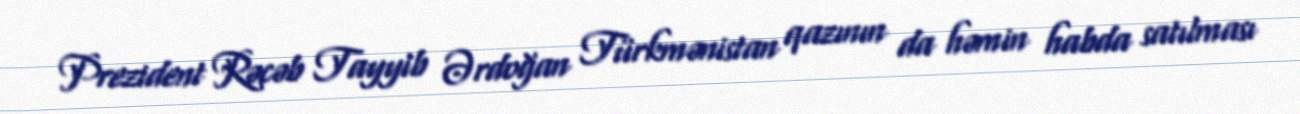
Prezident Rəcəb Tayyib Ərdoğan Türkmənistan qazının da həmin habda satılması